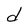
Character: d